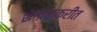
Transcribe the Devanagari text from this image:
शेगांवाकरीत